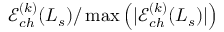
\mathcal { E } _ { c h } ^ { ( k ) } ( L _ { s } ) / \operatorname* { m a x } \left( | \mathcal { E } _ { c h } ^ { ( k ) } ( L _ { s } ) | \right)